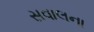
સવાલના